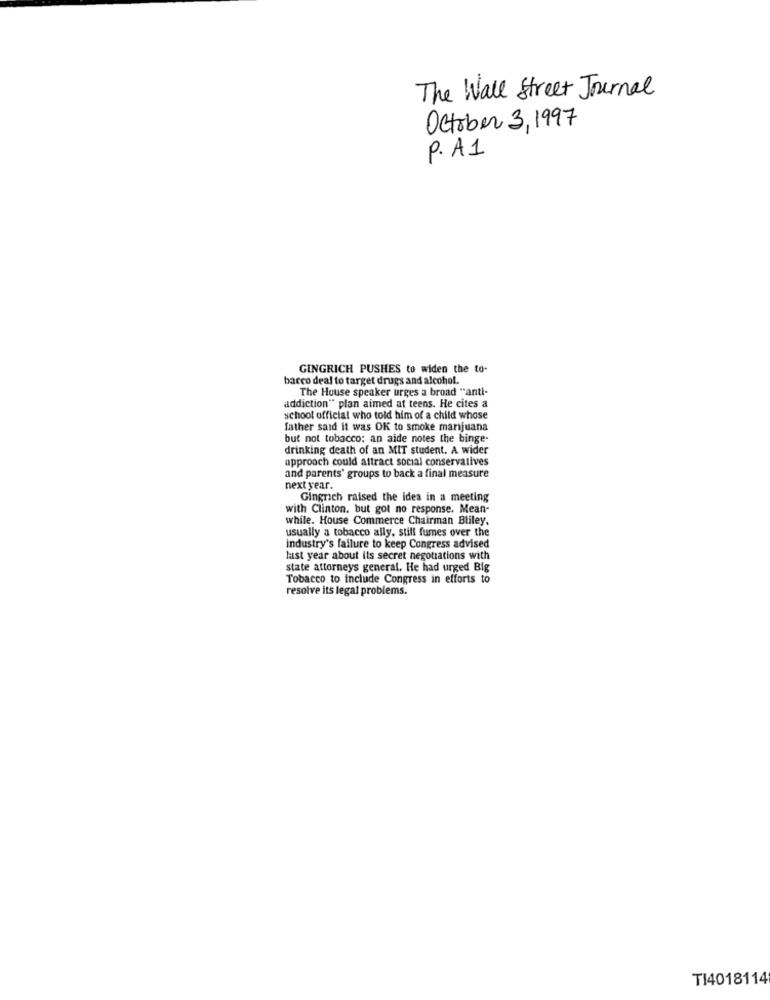
The Wall Street Journal
October 3, 1997
P. A1
GINGRICH PUSHES to widen the to-
barco deal to target drugs and alcohol.
The House speaker urges a broad "anti-
addiction" plan aimed at teens. He cites a
school official who told him of a child whose
father said it was OK to smoke marijuana
but not tobacco; an aide notes the binge-
drinking death of an MIT student. A wider
approach could attract social conservatives
and parents' groups to back a final measure
next year.
Gingrich raised the idea in a meeting
with Clinton, but got no response. Mean-
while. House Commerce Chairman Bliley.
usually a tobacco ally, still fumes over the
industry's failure to keep Congress advised
last year about its secret negotiations with
state attorneys general. He had urged Big
Tobacco to include Congress in efforts to
resolve its legal problems.
TI4018114